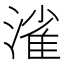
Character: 𣼎